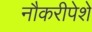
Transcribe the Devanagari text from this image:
नौकरीपेशे